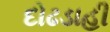
દોઢડાહી